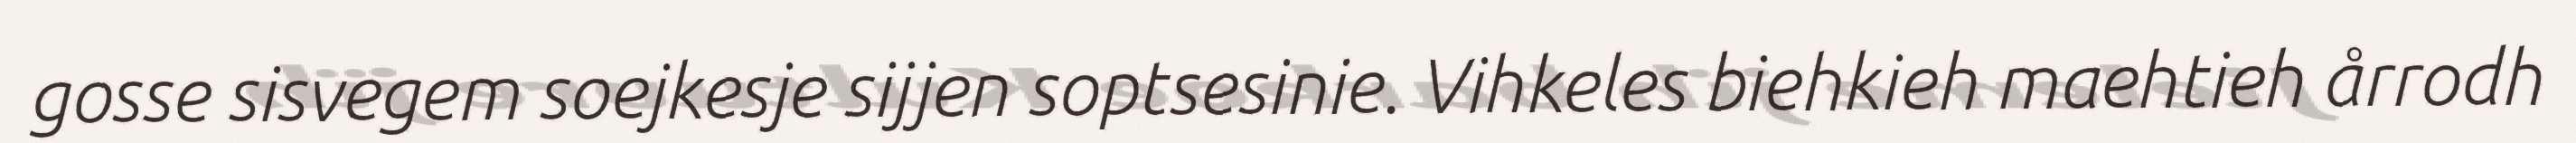
gosse sisvegem soejkesje sijjen soptsesinie. Vihkeles biehkieh maehtieh årrodh